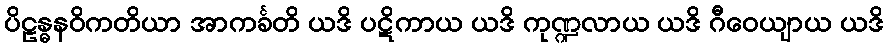
ပိဠန္ဓနဝိကတိယာ အာကင်္ခတိ ယဒိ ပဋိကာယ ယဒိ ကုဏ္ဍလာယ ယဒိ ဂီဝေယျာယ ယဒိ